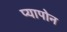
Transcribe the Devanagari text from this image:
प्यापोन